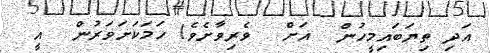
އަދި ތިޔަބައިމީހުން  އަށް  ވެރިވާށެވެ! ހަމަކަށަވަރުން  އީ